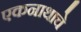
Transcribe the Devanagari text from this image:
एकनाथाचे